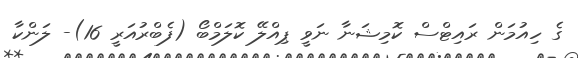
ގެ ހިއުމަން ރައިޓްސް ކޮމިޝަނާ ނަވީ ޕިއްލޭ ކޮލަމްބޯ (ފެބްރުއަރީ 16)- ލަންކާ